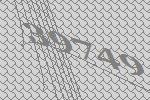
39749